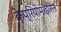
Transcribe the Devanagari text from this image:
केप्रियोमाइसिन